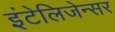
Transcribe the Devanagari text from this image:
इंटेलिजेन्सर